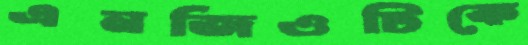
এনজিওটিকে